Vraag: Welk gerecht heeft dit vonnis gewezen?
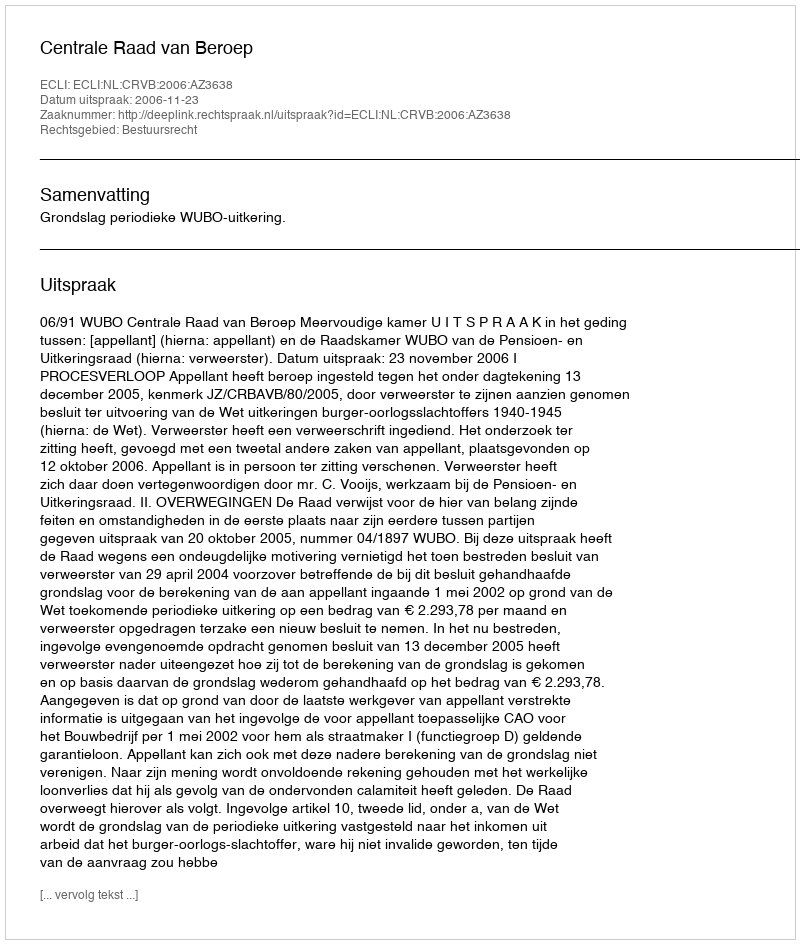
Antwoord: Centrale Raad van Beroep